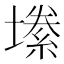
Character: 𫮫